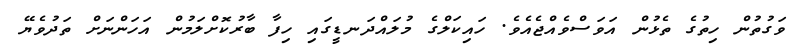
ވަގުތުން ހިތުގެ ތެޅުން އަވަސްވެއްޖެއެވެ. ހައިކަލްގެ މުލައްދަނޑީގައި ހިފާ ބާރުކޮށްލަމުން އަހަންނަށް ތަދުވެޔޭ